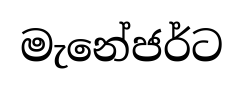
මැනේජර්ට